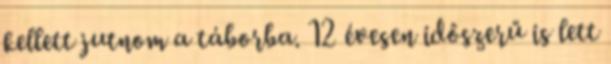
kellett jutnom a táborba. 12 évesen időszerű is lett